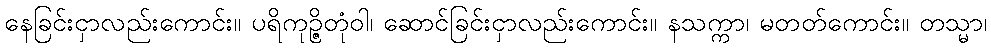
နေခြင်းငှာလည်းကောင်း။ ပရိကုဉ္ဇိတုံဝါ၊ ဆောင်ခြင်းငှာလည်းကောင်း။ နသက္ကာ၊ မတတ်ကောင်း။ တသ္မာ၊